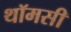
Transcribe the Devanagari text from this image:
थॉमसी